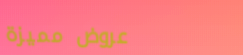
عروض مميزة